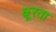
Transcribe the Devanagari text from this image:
धूरता